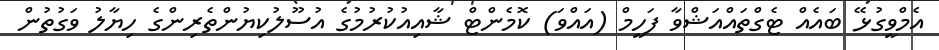
އެމްވީގުޅޭ ބައެއް ޓެގްތައްއަޝްވާ ފަހީމް (އައްވަ) ކޮމެންޓް ޝާއިއުކުރުމުގެ އުސޫލުކިޔުންތެރިންގެ ހިޔާލު ވަގުތުން